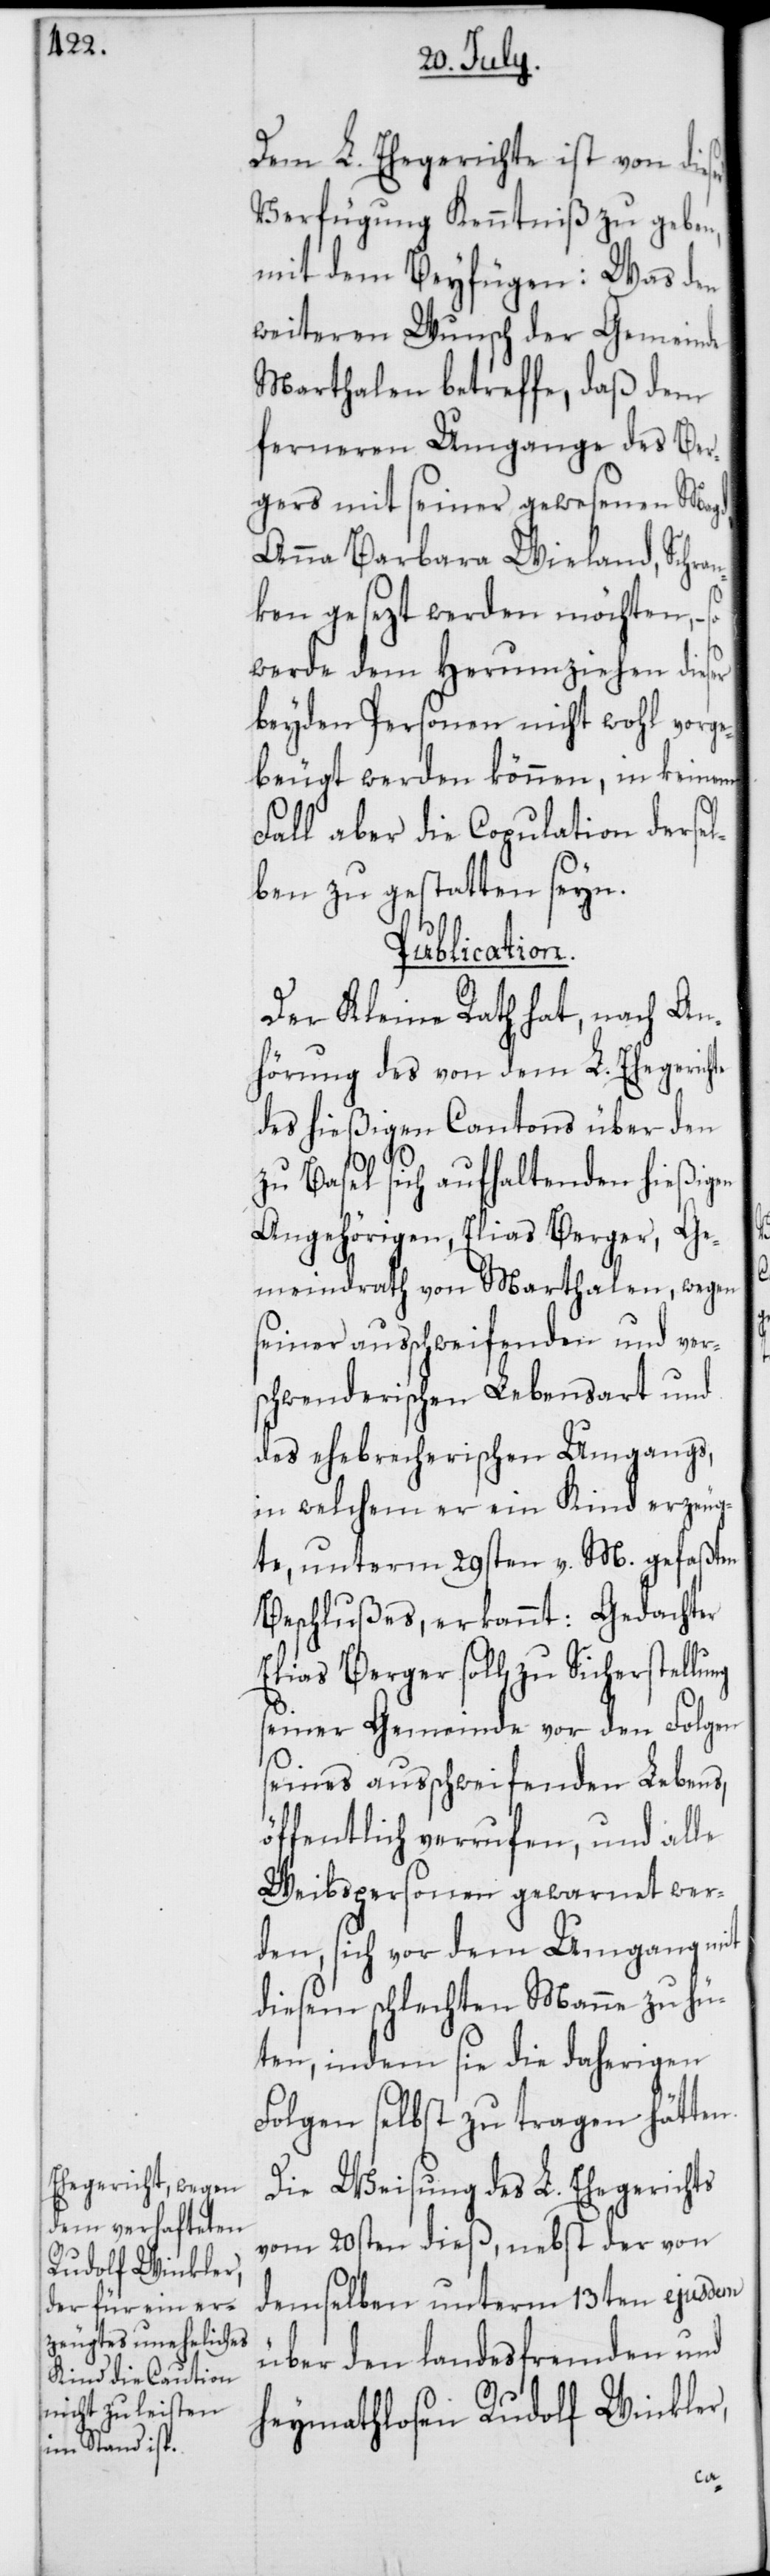
Dem L. Ehegerichte ist von die¬
Verfügung Kenntniß zu geben,
mit dem Beyfügen: Was den
weiteren Wunsch der Gemeinde
Marthalen betreffe, daß dem
ferneren Umgange des Ber¬
gers mit seiner gewesenen Magd,
Anna Barbara Wieland, Schran¬
ken gesezt werden möchten, –
werde dem Herumziehen dies¬
beyden Personen nicht wohl vorge¬
beugt werden können, in keinem
Fall aber die Copulation dersel¬
ben zu gestatten seyn.
Publication.
Der Kleine Rath hat, nach An¬
hörung des von dem L. Ehegerichte
des hießigen Cantons über den
zu Basel sich aufhaltenden hießigen
Angehörigen, Elias Berger, Ge¬
meindrath von Marthalen, wegen
seiner ausschweifenden und ver¬
schwenderischen Lebensart und
des ehebrecherischen Umgangs,
in welchem er ein Kind erzeug¬
te, unterm 29sten v. M. gefaßten
Beschlußes, erkannt: Gedachter
Elias Berger soll zu Sicherstellu¬
seiner Gemeinde vor den Folgen
seines ausschweifenden Lebens,
öffentlich verrufen, und alle
Weibspersonen gewarnet wer¬
den, sich vor dem Umgang mit
diesem schlechten Manne zu hü¬
ten, indem sie die daherigen
Folgen selbst zu tragen hätten.
Die Weisung des L. Ehegerichts
vom 20sten dieß, nebst der von
demselben unterm 13ten ejusdem
über den landesfremden und
heymathlosen Rudolf Winkler
ng